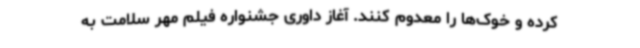
کرده و خوک‌ها را معدوم کنند. آغاز داوری جشنواره فیلم مهر سلامت به